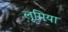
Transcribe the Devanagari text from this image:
लूमिया